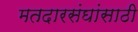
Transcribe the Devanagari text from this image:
मतदारसंघांसाठी